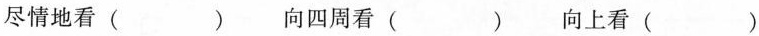
尽情地看（）向四周看（）向上看（）